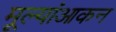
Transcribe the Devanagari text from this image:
मूल्यांआकन